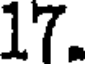
17.